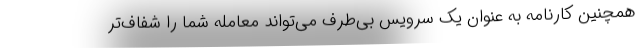
همچنین کارنامه به عنوان یک سرویس بی‌طرف می‌تواند معامله شما را شفاف‌تر